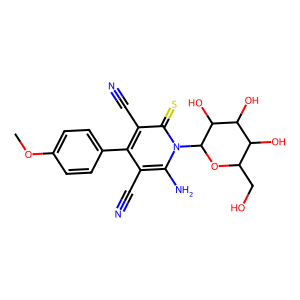
SMILES: COc1ccc(-c2c(C#N)c(N)n(C3OC(CO)C(O)C(O)C3O)c(=S)c2C#N)cc1
Inhibits HIV replication: No